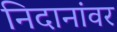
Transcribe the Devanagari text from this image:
निदानांवर